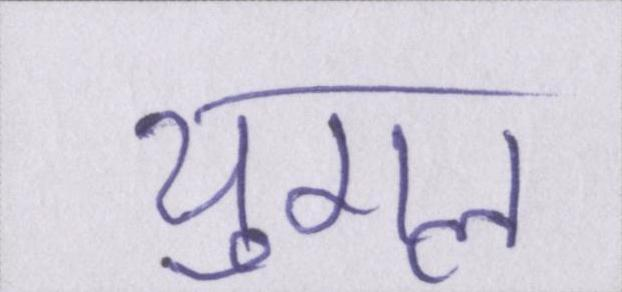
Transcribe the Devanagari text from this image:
युगल